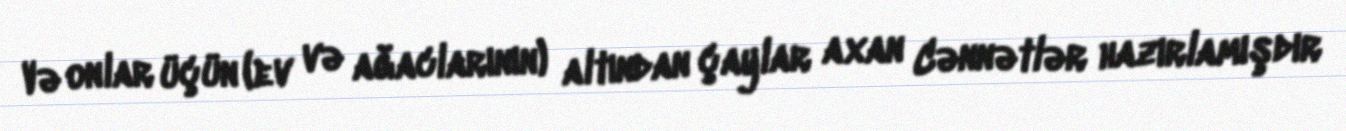
Və onlar üçün (ev və ağaclarının) altından çaylar axan Cənnətlər hazırlamışdır